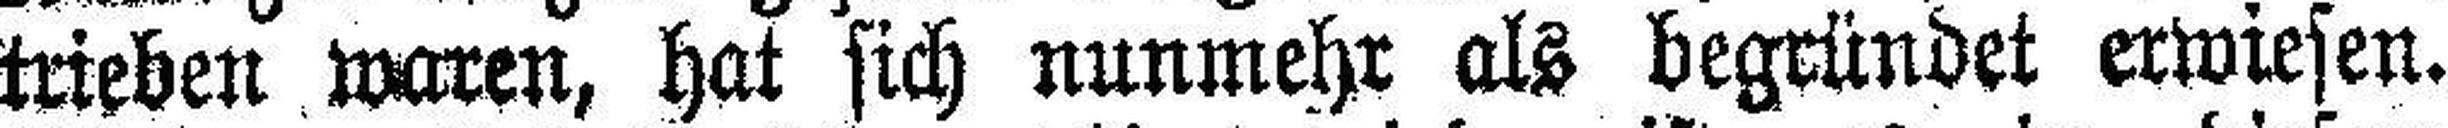
trieben waren, hat sich nunmehr als begründet erwiesen.